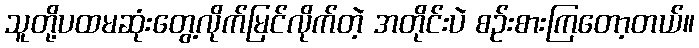
သူတို့ပထမဆုံးတွေ့လိုက်မြင်လိုက်တဲ့ အတိုင်းပဲ စဉ်းစားကြတော့တယ်။